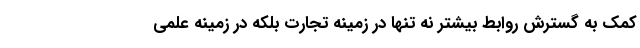
کمک به گسترش روابط بیشتر نه تنها در زمینه تجارت بلکه در زمینه علمی